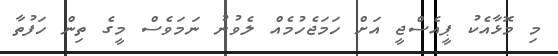
މި މޮޅާއެކު ޕީއެސްޖީ އަށް ހަމަޖެހުމެއް ލެވުނު ނަމަވެސް މީގެ ތިން ހަފުތާ